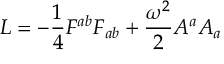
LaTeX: { \cal L } = - { \frac { 1 } { 4 } } { F ^ { a b } F _ { a b } } + { \frac { \omega ^ { 2 } } { 2 } } A ^ { a } A _ { a }